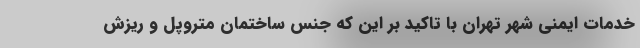
خدمات ایمنی شهر تهران با تاکید بر این که جنس ساختمان متروپل و ریزش